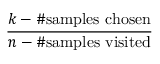
\frac { k - \# { \mathrm { s a m p l e s ~ c h o s e n } } } { n - \# { \mathrm { s a m p l e s ~ v i s i t e d } } }